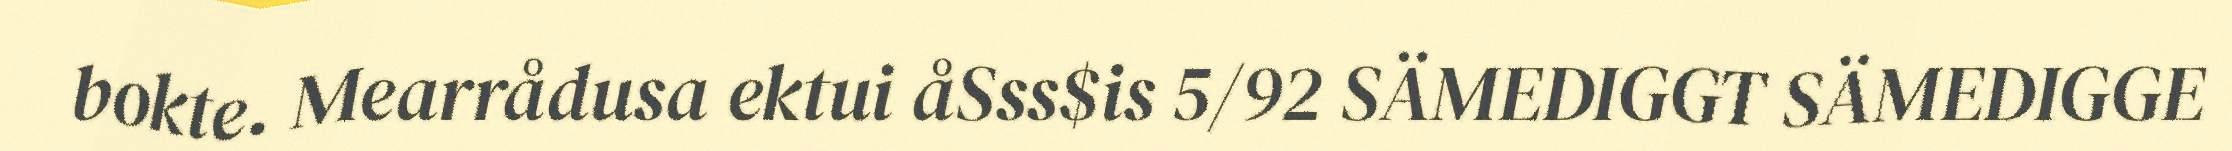
bokte. Mearrådusa ektui åSss$is 5/92 SÄMEDIGGT SÄMEDIGGE